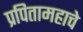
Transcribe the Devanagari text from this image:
प्रपितामहाचे